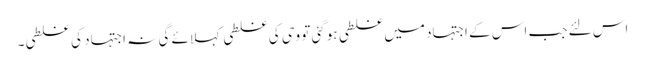
اس لئے جب اس کے اجتہاد میں غلطی ہوگئی تو وحی کی غلطی کہلائے گی نہ اجتہاد کی غلطی۔